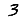
Digit: 3